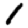
Digit: 1